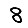
Digit: 8